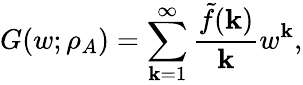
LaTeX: G(w;\rho_{A})=\sum_{\mathbf{k}=1}^{\infty}\frac{{\tilde{{f}}(\mathbf{k})}}{{\mathbf{k}}}w^{\mathbf{k}},